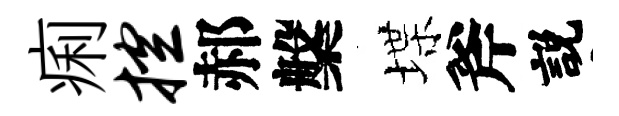
痢控郝槃堞斧説